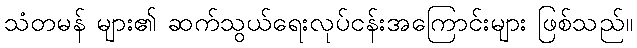
သံတမန် များ၏ ဆက်သွယ်ရေးလုပ်ငန်းအကြောင်းများ ဖြစ်သည်။